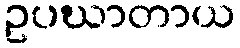
ဥပဃာတာယ